Civil Veterinary Dept. Bombay admin report 1900-1906 - 1900-1906
Year: 1900
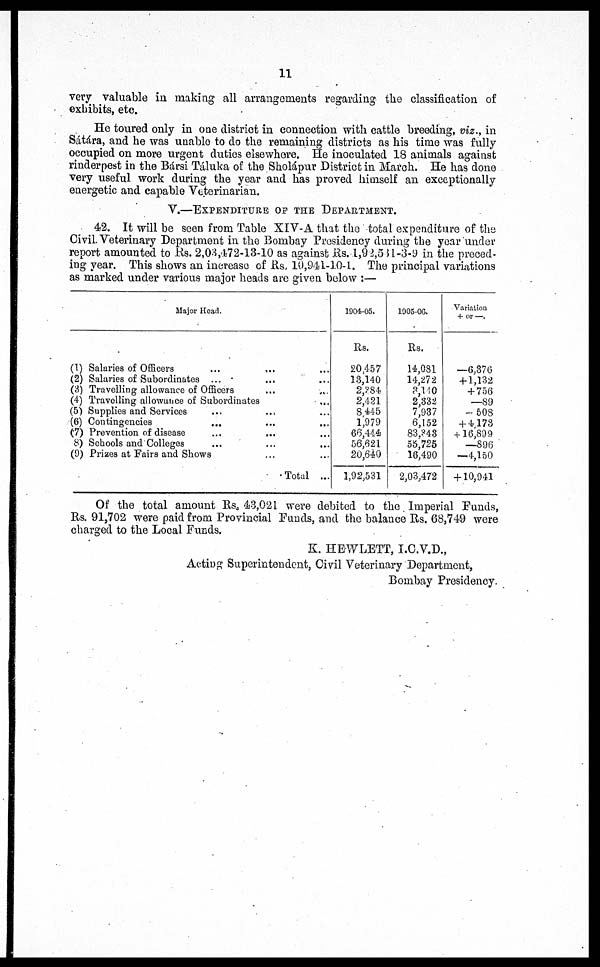
11
very valuable in making all arrangements regarding the classification of
exhibits, etc.
He toured only in one district in connection with cattle breeding, viz., in
Sátára, and he was unable to do the remaining districts as his time was fully
occupied on more urgent duties elsewhere. He inoculated 13 animals against
rinderpest in the Bársi Táluka of the Sholápur District in March. He has done
very useful work during the year and has proved himself an exceptionally
energetic and capable Veterinarian.
V.—EXPENDITURE OF THE DEPARTMENT.
42. It will be seen from Table XIV-A that the total expenditure of the
Civil. Veterinary Department in the Bombay Presidency during the year under
report amounted to Rs. 2,03,472-13-10 as against Rs.1,92,53l-3-9 in the preced-
ing year. This shows an increase of Rs, 10,941-10-1. The principal variations
as marked under various major heads are given below:—
Major Head.
(1) Salaries of Officers ... ... ...
(2) Salaries of Subordinates ... ...
(3) Travelling allowance of Officers ... ...
(4) Travelling allowance of Subordinates ...
(5) Supplies and Services ... ...
(6) Contingencies ... ... ...
(7) Prevention of disease ... ...
8) Schools and Colleges ... ... ...
(9) Prizes at Fairs and Shows ... ...
Total ...
1904-05.
Rs.
20,457
13,140
2,384
2,421
8 445
1,979
66,444
56,621
20,640
1,92,531
1905-06.
Rs.
14,081
14,272
3,140
2,332
7,937
6,152
83,343
55,725
16,490
2,03,472
Variation
+ or —.
—6,376
+1,132
+756
—89
—508
+ 4 173
+ 16,899
—896
—4,150
+ 10,941
Of the total amount Rs. 43,021 were debited to the Imperial Funds,
Rs. 91,702 were paid from Provincial Funds, and the balance Rs. 68,749 were
charged to the Local Funds.
K. HEWLETT, I.C.V.D.,
Acting Superintendent, Civil Veterinary Department,
Bombay Presidency.